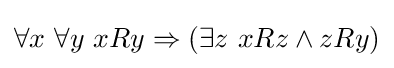
\forall x\ \forall y\ xRy\Rightarrow (\exists z\ xRz\land zRy)